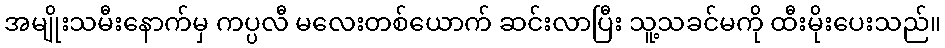
အမျိုးသမီးနောက်မှ ကပ္ပလီ မလေးတစ်ယောက် ဆင်းလာပြီး သူ့သခင်မကို ထီးမိုးပေးသည်။